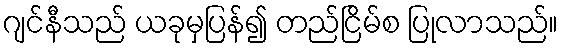
ဂျင်နီသည် ယခုမှပြန်၍ တည်ငြိမ်စ ပြုလာသည်။